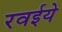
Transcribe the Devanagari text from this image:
रवईये